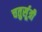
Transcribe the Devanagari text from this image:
चतुर्सूत्री